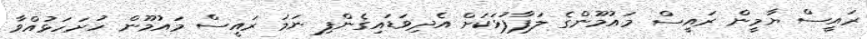
ރައީސް ޔާމީން ރައީސް މައުމޫންގެ ލަފާފުޅަކަށް އެދިވަޑައިގެންފި ނަމަ ރައީސް މައުމޫން ހުށަހަޅުއްވާ